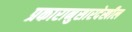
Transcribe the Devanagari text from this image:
प्रकारानुसारदेखील